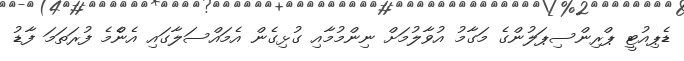
ޑެޕިއުޓީ ޕްރިންސިޕަލުންގެ މަގާމު އުވާލުމަށް ނިންމުމާއި ގުޅިގެން އެމައްސަލާގައި އެންެމެ ފުރަތަމަ ފާޑު